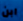
ابن